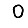
Digit: 0